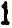
1